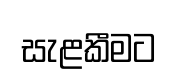
සැළකීමට